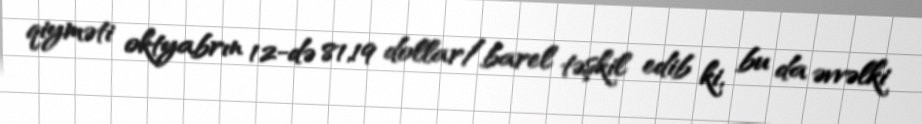
qiyməti oktyabrın 12-də 81,19 dollar/barel təşkil edib ki, bu da əvvəlki